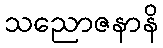
သညောဇနာနိ